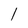
Character: l